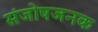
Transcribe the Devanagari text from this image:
संजोषजनक